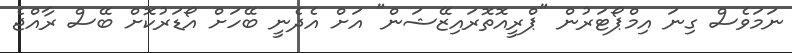
ނަމަވެސް ގިނަ އިމްޕޯޓަރުން "ޕްރީއޮތޮރައިޒޭޝަން" އަށް އެދެނީ ބޭހަށް އޯޑަރުކޮށް ބޭސް ރާއްޖެ